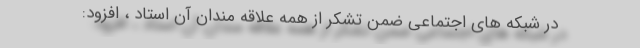
در شبکه های اجتماعی ضمن تشکر از همه علاقه مندان آن استاد ، افزود: